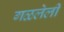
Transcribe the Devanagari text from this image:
गळलेली